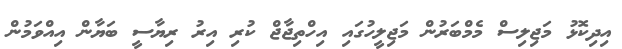
އިދިކޮޅު މަޖިލިސް މެމްބަރުން މަޖިލީހުގައި އިހްތިޖާޖް ކުރި އިރު ރިޔާސީ ބަޔާން އިއްވަމުން